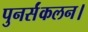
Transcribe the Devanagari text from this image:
पुनर्संकलन।